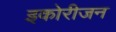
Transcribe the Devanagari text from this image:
इकोरीजन